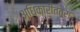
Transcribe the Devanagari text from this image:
अधिकारीतंत्रा